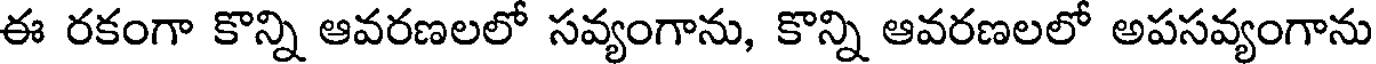
ఈ రకంగా కొన్ని ఆవరణలలో సవ్యంగాను, కొన్ని ఆవరణలలో అపసవ్యంగాను